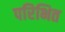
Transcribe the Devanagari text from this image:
परिभित